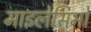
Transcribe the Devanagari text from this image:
माइलेसिमो